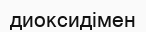
диоксидімен